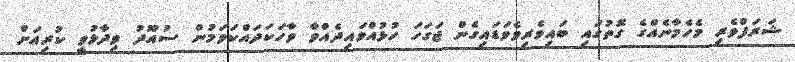
ޝަރަފްވެރި މެހެމާނެއްގެ ގޮތުގައި ބައިވެރިވެވަޑައިގެން ޖަގަހަ ހުޅުއްވައިދެއްވާ ވާހަކަދައްކަވަމުން ސުއޫދު ވިދާޅުވީ ކުރިއަށް